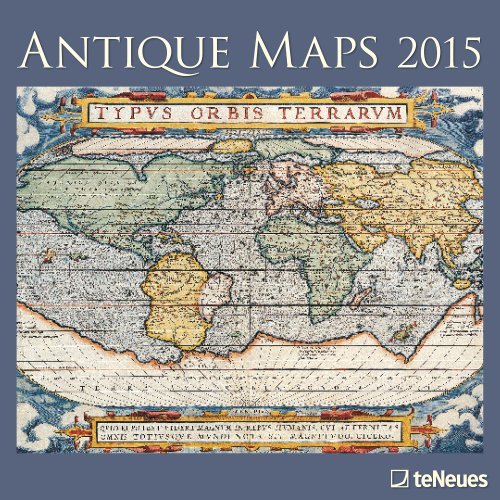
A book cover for By Various 2015 Antique Maps Wall Calendar (Wal) [Calendar]; Calendars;